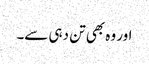
اور وہ بھی تن دہی سے۔